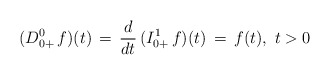
\begin{align*}(D^0_{0+}\, f)(t) \, = \,\frac{d}{dt}\, (I^{1}_{0+}\, f)(t)\, = \, f(t),\ t>0\end{align*}